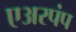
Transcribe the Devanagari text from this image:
एअरपंप